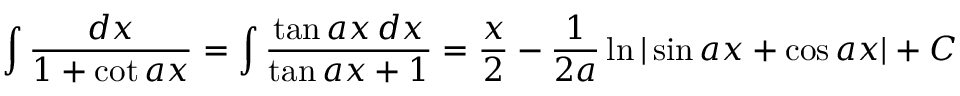
\int { \frac { d x } { 1 + \cot a x } } = \int { \frac { \tan a x \, d x } { \tan a x + 1 } } = { \frac { x } { 2 } } - { \frac { 1 } { 2 a } } \ln | \sin a x + \cos a x | + C